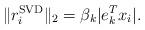
LaTeX: \begin{align*}\|r_i^\mathrm{SVD}\|_2=\beta_k|e_k^Tx_i|.\end{align*}